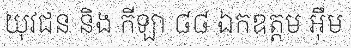
យុវជន និង កីឡា ៨៨ ឯកឧត្តម អ៊ឹម